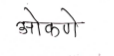
मजकूर: ओकणे